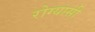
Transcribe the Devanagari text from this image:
रोग्यासी